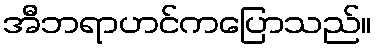
အီဘရာဟင်ကပြောသည်။